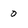
Character: 0